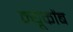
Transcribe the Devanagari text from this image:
न्यूकोंब